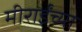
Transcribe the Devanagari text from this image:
मीराईंच्या